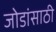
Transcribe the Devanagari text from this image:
जोडांसाठी